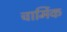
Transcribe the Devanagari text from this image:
चार्मिक